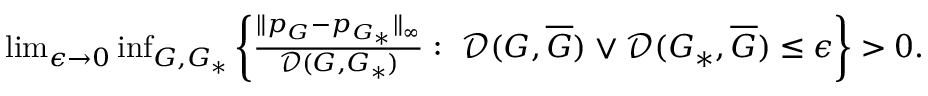
\begin{array} { r } { \operatorname* { l i m } _ { \epsilon \to 0 } \operatorname* { i n f } _ { G , G _ { * } } { \left\{ \frac { \| p _ { G } - p _ { G _ { * } } \| _ { \infty } } { \mathcal { D } ( G , G _ { * } ) } : \ \mathcal { D } ( G , \overline { { G } } ) \vee \mathcal { D } ( G _ { * } , \overline { { G } } ) \leq \epsilon \right\} } > 0 . } \end{array}